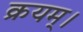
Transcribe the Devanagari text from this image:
क्रयम्।